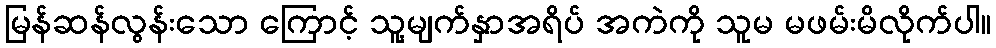
မြန်ဆန်လွန်းသော ကြောင့် သူ့မျက်နှာအရိပ် အကဲကို သူမ မဖမ်းမိလိုက်ပါ။